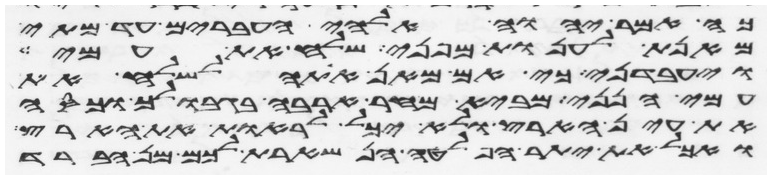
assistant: כה אמר יהוה אלהי העברים עד מתי
מאנת לענות מפני שלח את עמי
ויעבדני כי אם מאן אתה לשלח את
עמי הנני מביא מחר ארבה בגבולך וכסה
את עין הארץ ולא יכל לראות את הארץ
ואכל את יתר הפלטה הנשארת לכם מן הברד